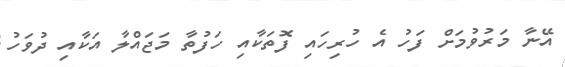
އޭނާ މަރުވުމަށް ފަހު އެ ހުރިހައި ފޮތަކާއި ހަފުތާ މަޖައްލާ އަކާއި ދުވަހު